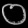
Digit: ၀